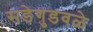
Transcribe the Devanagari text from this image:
सडेगुडवळे